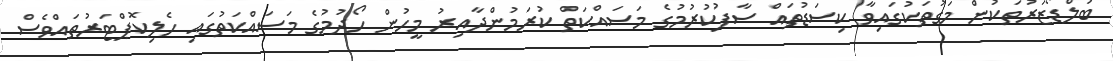
ބުލްޑޯޒަރުތަކުން މަގުތަކުގައިވާ ކިސަޑުތައް ސާފުކުރުމުގެ މަސައްކަތް ކުރަމުންދާއިރު މީހުން ހޯދުމުގެ މަސައްކަތުގައި ހެލިކޮޕްޓަރުތައްވެސް